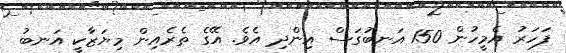
ފަހަރު އެމީހުން 150 އަނބުގަސް އިންދި އެވެ. އޭގެ ތެރެއިން މިޔަޒާކީ އަނބު